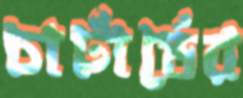
চার্টার্ডের